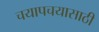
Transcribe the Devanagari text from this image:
चयापचयासाठी